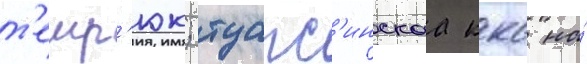
т'емр'юк; туапс'инскаа ккс на́